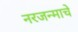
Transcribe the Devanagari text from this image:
नरजन्माचे